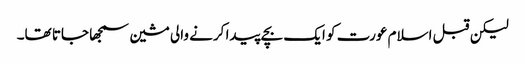
لیکن قبل اسلام عورت کو ایک بچے پیدا کرنے والی مشین سمجھا جاتا تھا۔